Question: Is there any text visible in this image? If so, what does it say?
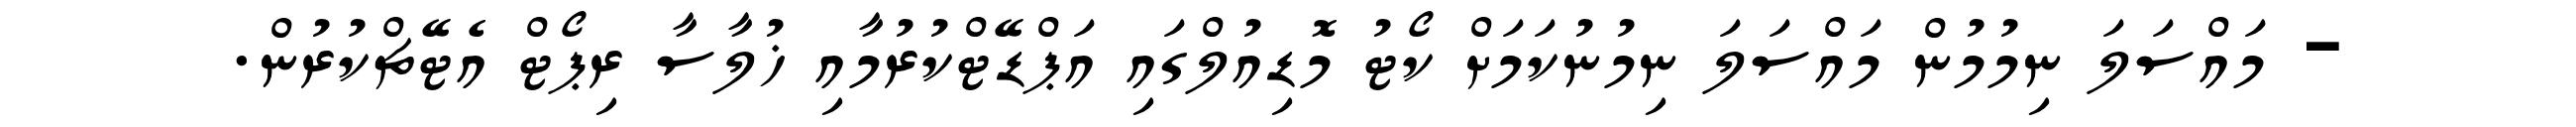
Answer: - މައްސަލަ ނިމުމުން މައްސަލަ ނިމުނުކަމަށް ކޯޓު މޮޑިއުލްގައި އަޕްޑޭޓްކުރުމާއި ޚުލާސާ ރިޕޯޓް އެޓޭޗްކުރުން.